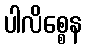
ပါလိစ္စေန